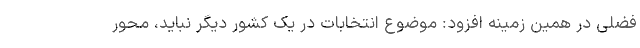
فضلی در همین زمینه افزود: موضوع انتخابات در یک کشور دیگر نباید، محور